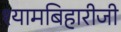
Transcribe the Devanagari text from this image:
श्यामबिहारीजी